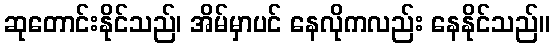
ဆုတောင်းနိုင်သည်၊ အိမ်မှာပင် နေလိုကလည်း နေနိုင်သည်။